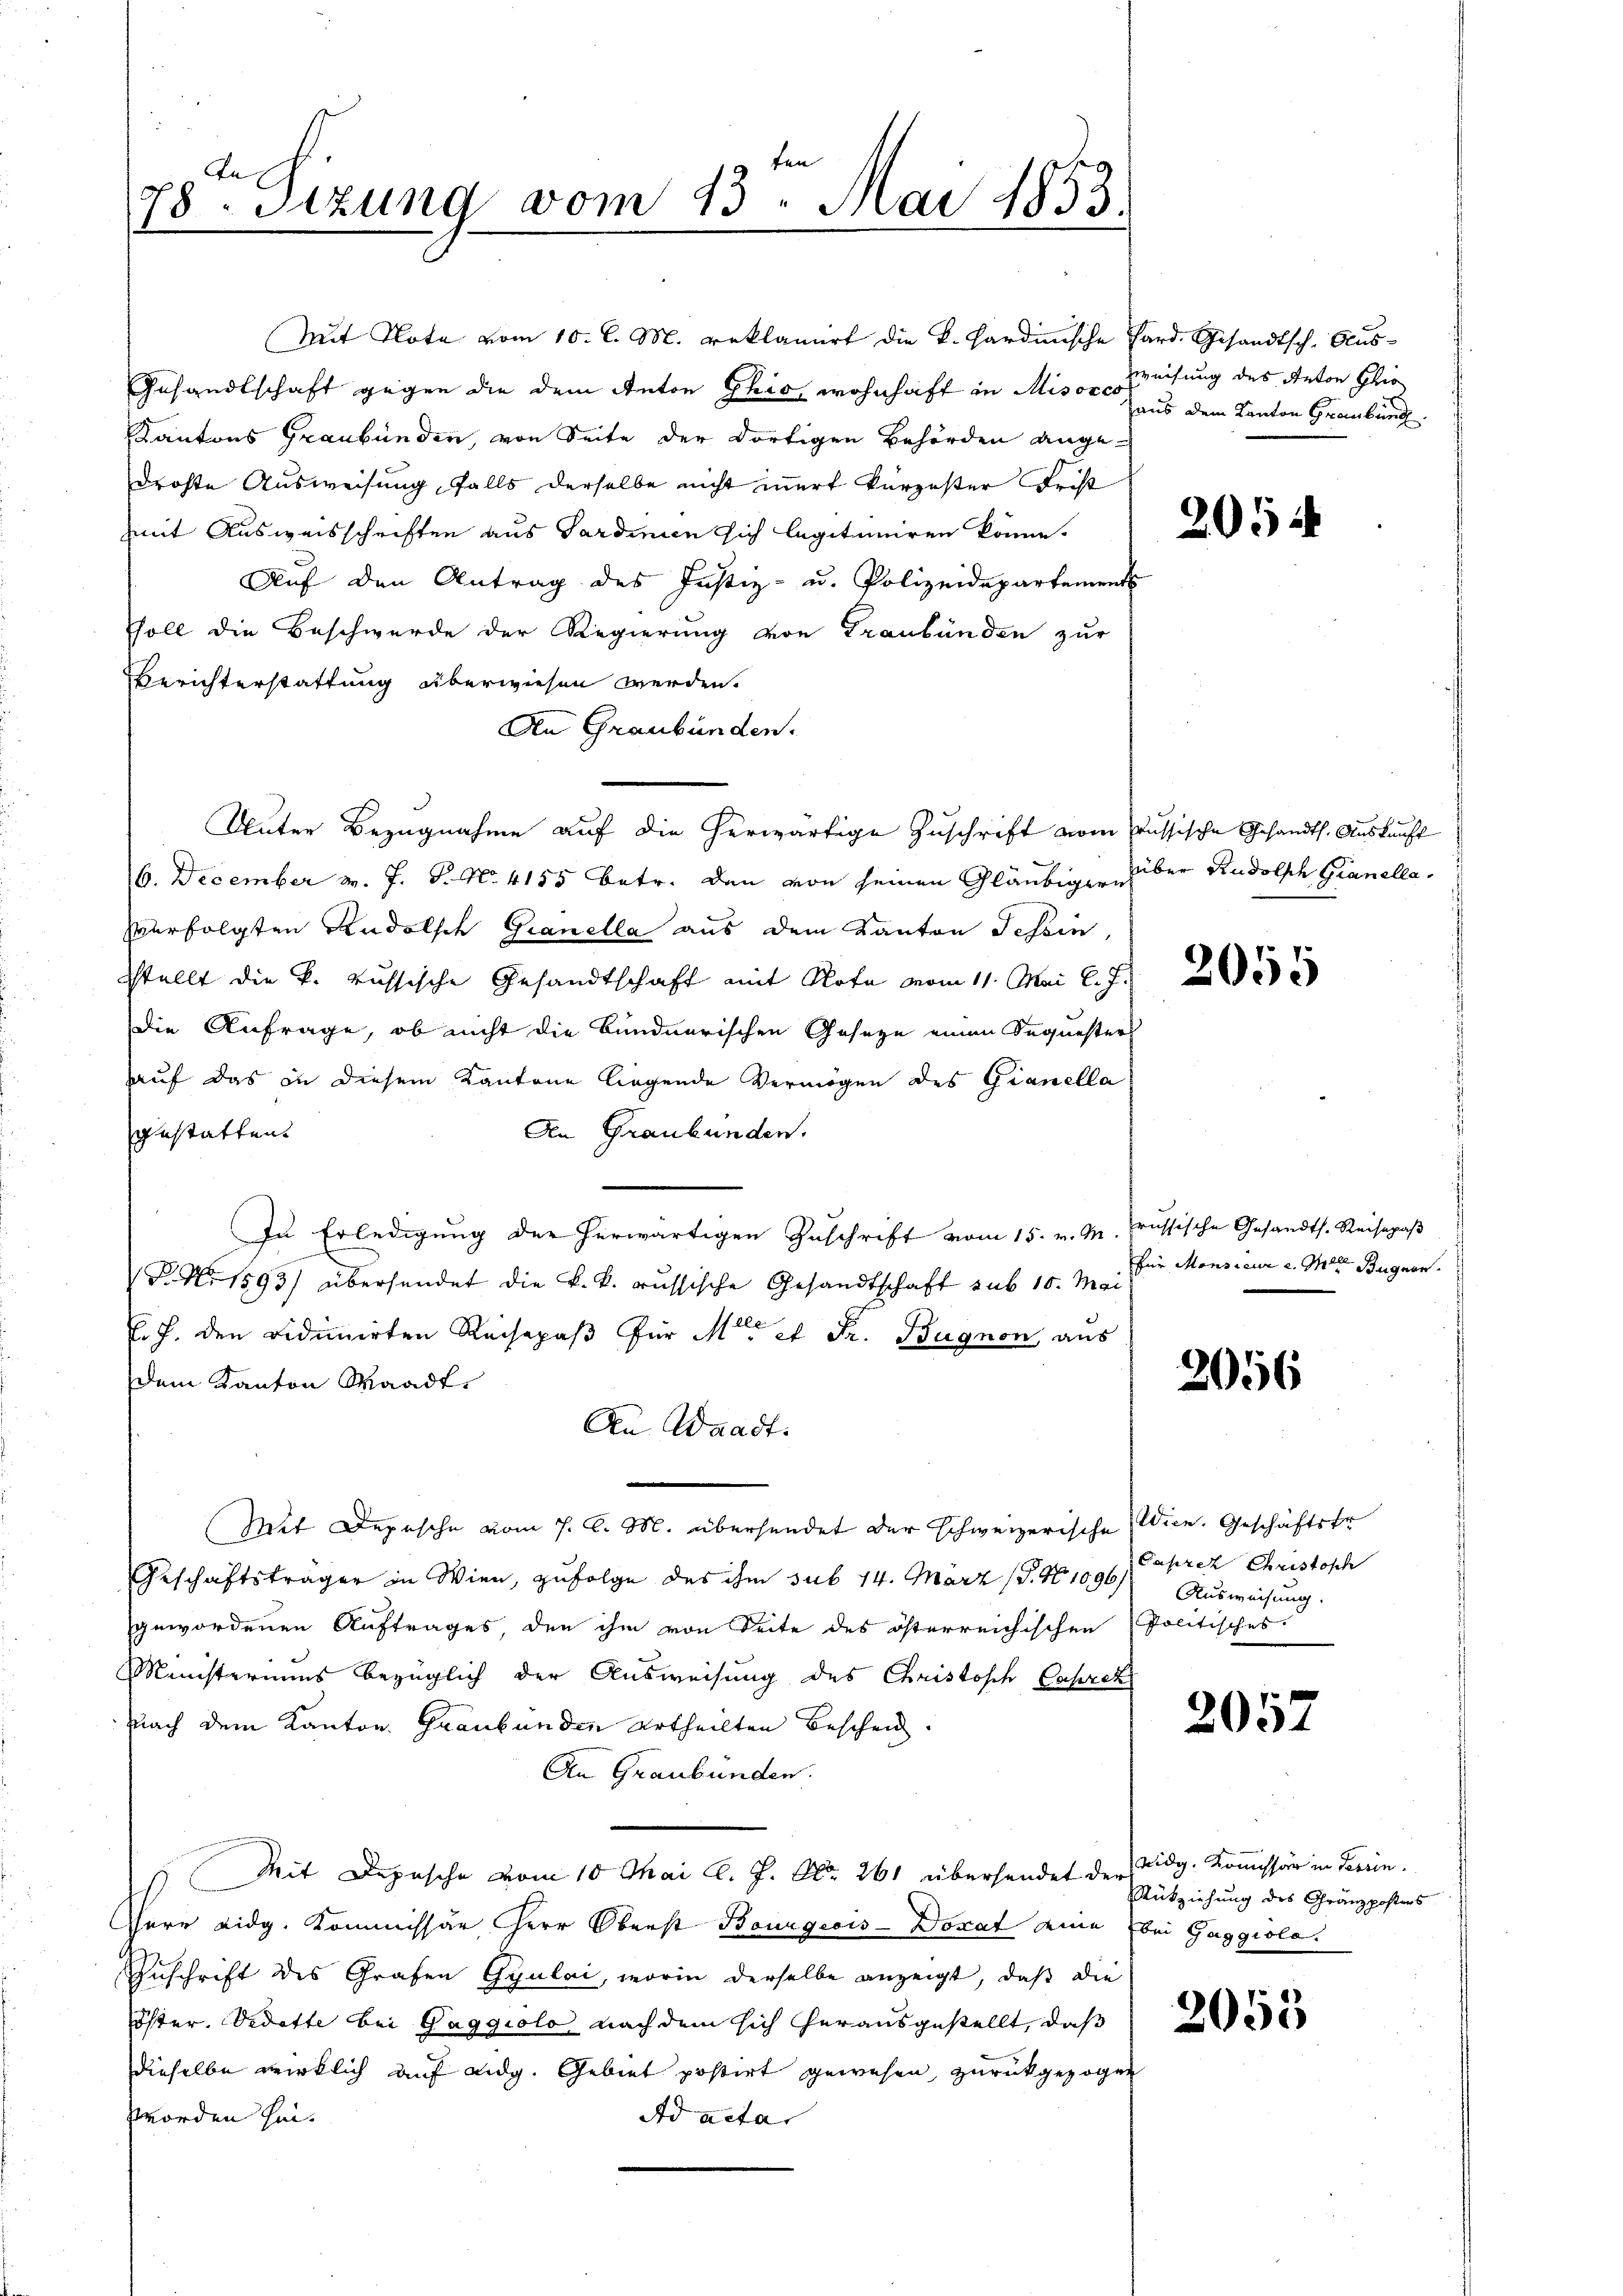
78. Sitzung vom 13. Mai 1853.
1

Mit Note vom 10. l. M. reklamirt die k. Hardinische Sard. Gesandtsch. Aus¬
Gesandtschaft gegen die dem Anton Ghio, wohnhaft in Misor Weisung des Anton Glie
Kantons Graubünden, von Seite der dortigen Behörden angedrohte Ausweisung falls derselbe nicht innert kürzester Frist
mit Ausweisschriften aus Sardinien sich legitimiren könne.
Auf den Antrag des Justiz- u. Polizeidepartement
Soll die Beschwerde der Regierung von Graubünden zur
Berichterstattung überwiesen werden.
An Graubünden.
Unter Bezugnahme auf die herwärtige Zuschrift vom Prussische Gesandts. Auskunft
16. December v. J. S. N. 4155 betr. den von seinen Gläubiger über Rudolsch Granellaverfolgten Andelsch Granella aus dem Kanton Schein
sstellt die k. russische Gesandtschaft mit Rote vom 11. Mai l. J.
Die Anfrage, ob nicht die Bündnerischen Geseze einen Sequesters
aauf das in diesem Kantone liegende Vermögen des Gianella
An Graubünden.
gestatten.
In Erledigung der herwärtigen Zuschrift vom 15. v. M. Grussische Gesandts. Reisepaβ
NNo. 1595) übersendet die k. k. russische Gesandtschaft sub 10. Mai
Er J. den vidimirten Reisepaß für Meter et Fr. Bugnon aus
dem Kanton Waadt,
An Waadt.
Mit Depesche vom 7. d. M. übersendet der schweizerische Wien. Geschäftste
Geschäftsträger in Wien, zufolge des ihm sub 14. März (S. No 1096 Jahren Christosch
gewordenen Auftrages, den ihm von Seite des österreichischen Politisches.
Ministeriums bezüglich der Ausweisung des Christisch Caprik
nach dem Kanton. Graubünden Urtheilten Beschen.
An Graubünden.
Mit Depesche vom 10 Thai l. J. Nr. 261 übersendet der Eidg. Koṁission in Terrin
Herr Eidg. Kommissär Herr Oberst Bourgeois-Dozat eine bei Gaggiola.
Zuschrift des Grafen Gyulai, worin derselbe anzeigt, daß die
öster. Vidotte bei Gaggiolo nach dem sich herausgestellt, daß
dieselbe wirklich auf eidg. Gebiet postirt gewesen, zurückgezogen
worden hin
Ad acta.

Haus dem Kanton Graubung

205

2055

für Monsieur u. Mit Bugnen.

2056

Ausweisung.

2057

Rükziehung des Gränzpostens

2055